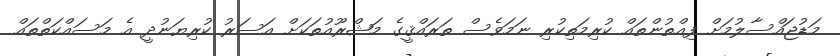
މަޑުޖައްސާލުމަށް ފިއްތުންތައް ކުރިމަތިކުރި ނަމަވެސް ތަރައްޤީގެ މަޝްރޫއުތަކަށް އަސަރު ކުރިޔަނުދީ އެ މަސައްކަތްތައް